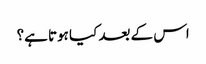
اس کے بعد کیا ہوتا ہے؟